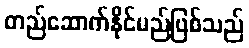
တည်ဆောက်နိုင်မည်ဖြစ်သည်